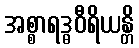
အစ္စာရဒ္ဓဝီရိယန္တိ